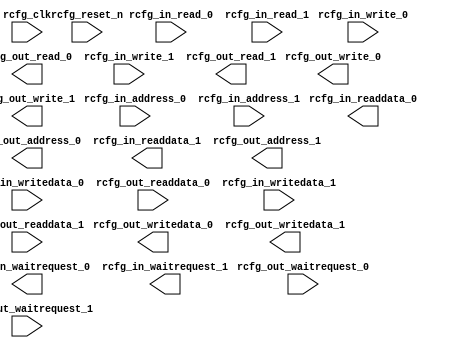
module avl_adxcfg_3 (
		input  wire        rcfg_clk,               //     rcfg_clk.clk
		input  wire        rcfg_reset_n,           // rcfg_reset_n.reset_n
		input  wire        rcfg_in_read_0,         //      rcfg_s0.read
		input  wire        rcfg_in_write_0,        //             .write
		input  wire [9:0]  rcfg_in_address_0,      //             .address
		input  wire [31:0] rcfg_in_writedata_0,    //             .writedata
		output wire [31:0] rcfg_in_readdata_0,     //             .readdata
		output wire        rcfg_in_waitrequest_0,  //             .waitrequest
		output wire        rcfg_out_read_0,        //      rcfg_m0.read
		output wire        rcfg_out_write_0,       //             .write
		output wire [9:0]  rcfg_out_address_0,     //             .address
		output wire [31:0] rcfg_out_writedata_0,   //             .writedata
		input  wire [31:0] rcfg_out_readdata_0,    //             .readdata
		input  wire        rcfg_out_waitrequest_0, //             .waitrequest
		input  wire        rcfg_in_read_1,         //      rcfg_s1.read
		input  wire        rcfg_in_write_1,        //             .write
		input  wire [9:0]  rcfg_in_address_1,      //             .address
		input  wire [31:0] rcfg_in_writedata_1,    //             .writedata
		output wire [31:0] rcfg_in_readdata_1,     //             .readdata
		output wire        rcfg_in_waitrequest_1,  //             .waitrequest
		output wire        rcfg_out_read_1,        //      rcfg_m1.read
		output wire        rcfg_out_write_1,       //             .write
		output wire [9:0]  rcfg_out_address_1,     //             .address
		output wire [31:0] rcfg_out_writedata_1,   //             .writedata
		input  wire [31:0] rcfg_out_readdata_1,    //             .readdata
		input  wire        rcfg_out_waitrequest_1  //             .waitrequest
	);
endmodule